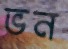
ভন